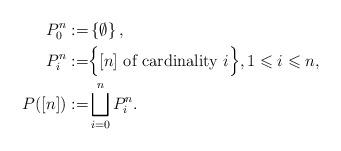
LaTeX: \begin{align*}P^{n}_{0} := & \left\{ \emptyset \right\}, \\P^{n}_{i} := & \Big\{ [n] \mbox{\ of cardinality $i$}\Big\}, 1 \leqslant i \leqslant n,\\P([n]) := & \bigsqcup_{i=0}^{n} P_{i}^{n}.\end{align*}